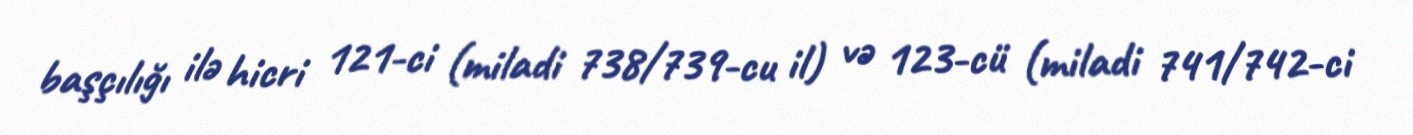
başçılığı ilə hicri 121-ci (miladi 738/739-cu il) və 123-cü (miladi 741/742-ci